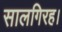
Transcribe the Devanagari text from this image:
सालगिरह।